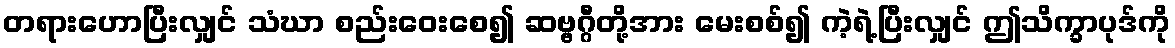
တရားဟောပြီးလျှင် သံဃာ စည်းဝေးစေ၍ ဆဗ္ဗဂ္ဂီတို့အား မေးစစ်၍ ကဲ့ရဲ့ပြီးလျှင် ဤသိက္ခာပုဒ်ကို